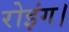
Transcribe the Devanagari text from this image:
रोइंग।